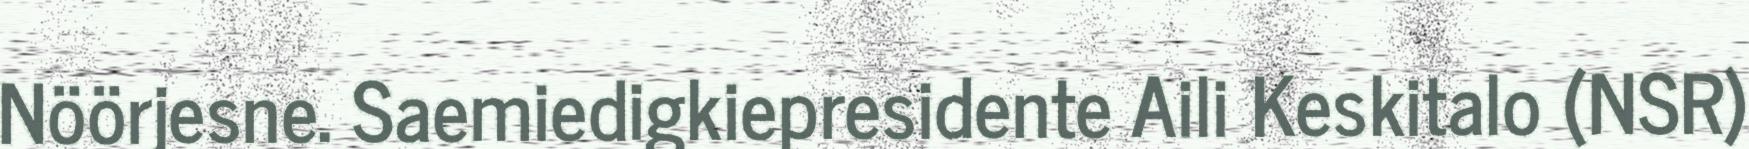
Nöörjesne. Saemiedigkiepresidente Aili Keskitalo (NSR)